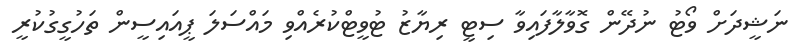
ނަޝީދަށް ވޯޓު ނުދޭން ގޮވާލާފައިވާ ސިޓީ ރިޔާޒު ޓުވީޓްކުރެއްވި މައްސަލަ ޕީއައިސީން ތަހުގީގުކުރީ